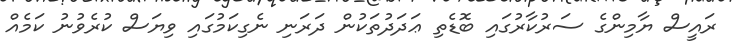
ރައީސް ޔާމިންގެ ސަރުކާރުގައި ބޮޑެތި ޢަދަދުތަކުން ދަރަނި ނެގިކަމުގައި ވިޔަސް ކުރެވުނު ކަމެއް